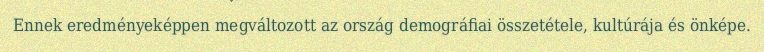
Ennek eredményeképpen megváltozott az ország demográfiai összetétele, kultúrája és önképe.